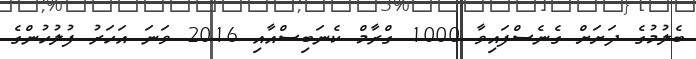
ބެލުމުގެ ދަށަށް ގެނެސްފައިވާ 1000 ގްރާމް ކެނަބިސްއާއި 2016 ވަނަ އަހަރު ފުލުހުންގެ